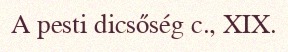
A pesti dicsőség c., XIX.